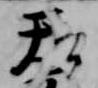
天